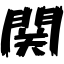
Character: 関